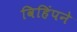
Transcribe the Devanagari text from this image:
विहिंपने